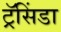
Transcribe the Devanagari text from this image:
ट्रॅसिंडा